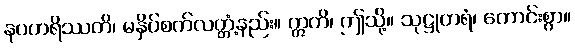
နပဟရိဿတိ၊ မနှိပ်စက်လတ္တံ့နည်း။ ဣတိ၊ ဤသို့။ သုဋ္ဌုတရံ၊ ကောင်းစွာ။